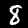
Digit: 8